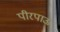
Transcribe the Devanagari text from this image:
पीरपाऊ